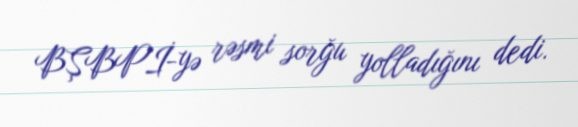
BŞBPİ-yə rəsmi sorğu yolladığını dedi.